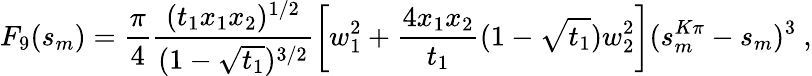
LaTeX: F_{9}(s_{m})=\frac{\pi}{4}\frac{(t_{1}x_{1}x_{2})^{1/2}}{(1-\sqrt{t_{1}})^{3/2}}\left[w_{1}^{2}+\frac{4x_{1}x_{2}}{t_{1}}(1-\sqrt{t_{1}})w_{2}^{2}\right](s_{m}^{K\pi}-s_{m})^{3}~,